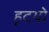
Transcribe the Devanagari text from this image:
हृदयो